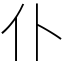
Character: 仆